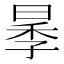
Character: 𱢋